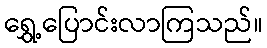
ရွှေ့ပြောင်းလာကြသည်။